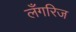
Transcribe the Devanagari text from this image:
लँगरिज